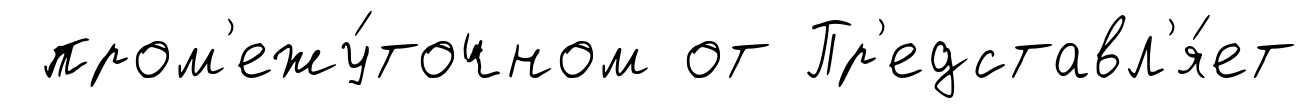
пром'ежу́точном от Пр'едставл'я́ет